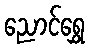
ညောင်ရွှေ